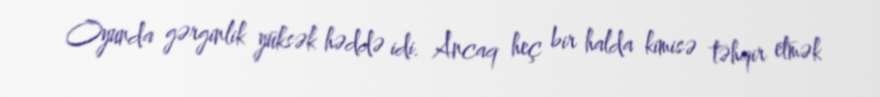
Oyunda gərginlik yüksək həddə idi. Ancaq heç bir halda kimisə təhqir etmək